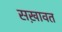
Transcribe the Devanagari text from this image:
सख़ावत